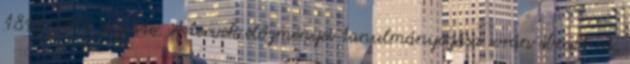
1813-1874 vezette. A tervek előzményei tanulmányozása során ébredt rá,